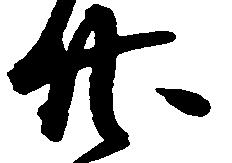
廿